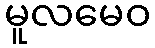
မူလမေဝ